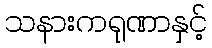
သနားကရုဏာနှင့်